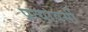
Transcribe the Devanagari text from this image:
प्रत्यावर्सी